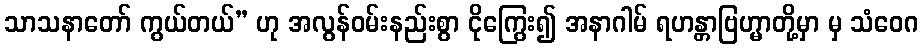
သာသနာတော် ကွယ်တယ်” ဟု အလွန်ဝမ်းနည်းစွာ ငိုကြွေး၍ အနာဂါမ် ရဟန္တာဗြဟ္မာတို့မှာ မှ သံဝေဂ